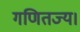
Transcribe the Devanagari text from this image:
गणितज्य।